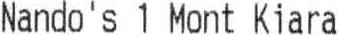
NANDO'S 1 MONT KIARA